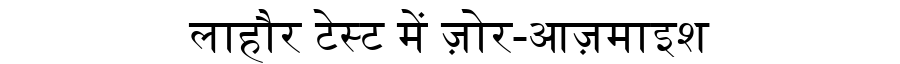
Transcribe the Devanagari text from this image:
लाहौर टेस्ट में ज़ोर-आज़माइश